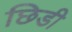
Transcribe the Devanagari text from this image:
छिडी